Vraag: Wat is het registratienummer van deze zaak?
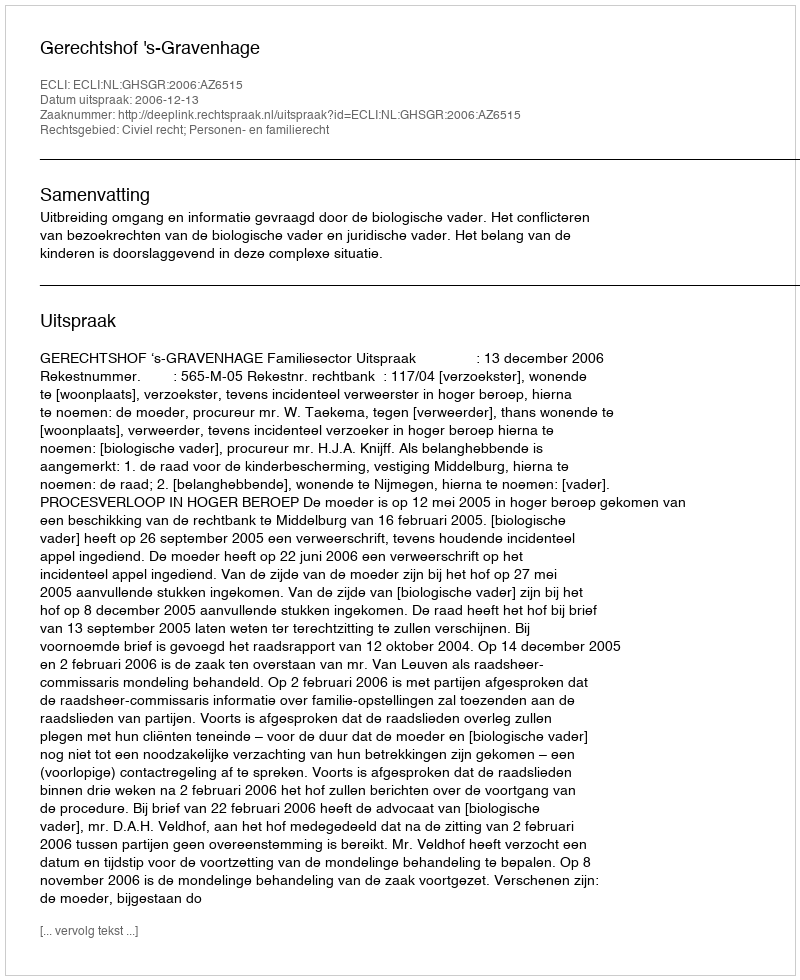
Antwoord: http://deeplink.rechtspraak.nl/uitspraak?id=ECLI:NL:GHSGR:2006:AZ6515